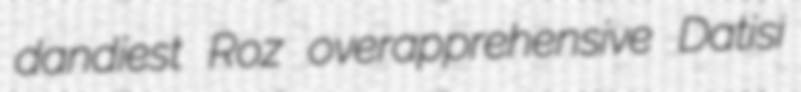
dandiest Roz overapprehensive Datisi